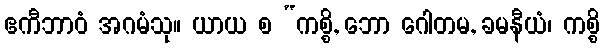
ဧကီဘာဝံ အဂမံသု။ ယာယ စ “ကစ္စိ, ဘော ဂေါတမ, ခမနီယံ၊ ကစ္စိ